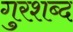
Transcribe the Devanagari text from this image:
गुरशब्द